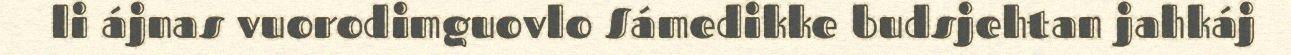
li ájnas vuorodimguovlo Sámedikke budsjehtan jahkáj